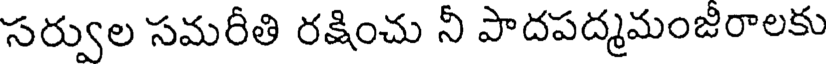
సర్వుల సమరీతి రక్షించు నీ పాదపద్మమంజీరాలకు